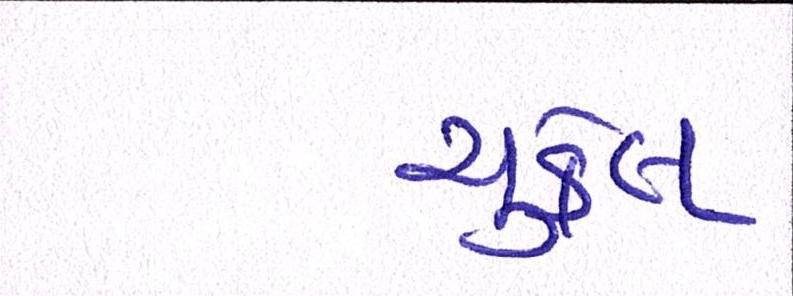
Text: ચુકેલ